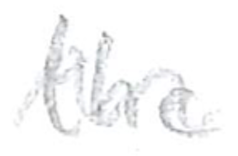
Text: the
Cross-out: wave
Writing tool: pencil